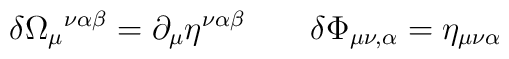
\delta \Omega_\mu{}^{\nu\alpha\beta} = \partial_\mu\eta^{\nu\alpha\beta} \qquad \delta \Phi_{\mu\nu,\alpha} =\eta_{\mu\nu\alpha}